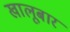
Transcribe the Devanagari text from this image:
खालूबार